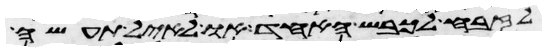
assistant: לזבח לכבש האחד או לאיל תעשה